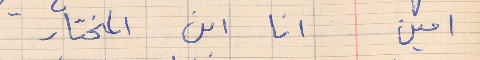
امين     انا ابن المختار